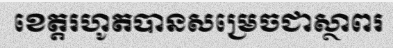
ខេត្តរហូតបានសម្រេចជាស្ថាពរ